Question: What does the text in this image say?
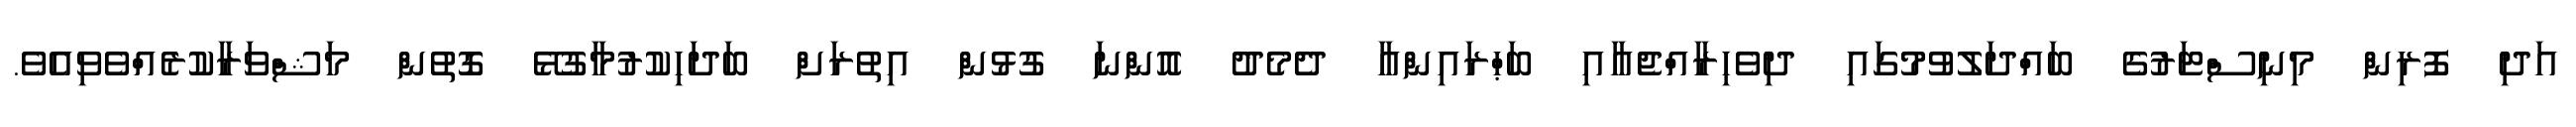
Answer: އަދި ފޮރިން މިނިސްޓަރުގެ ބައްދަލުވުމުގައި ދިވެހިރާއްޖެއާއި ބަޙްރައިންއާ ދެމެދު އޮންނަ ގުޅުން އިތުރަށް ބަދަހިކުރުމާގުޅޭ ގޮތުން މަޝްވަރާކުރެއްވެވިއެވެ.